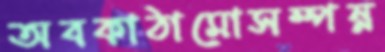
অবকাঠামোসম্পন্ন